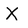
Character: X